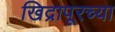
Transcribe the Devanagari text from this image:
खिद्रापूरच्या